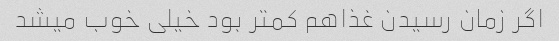
اگر زمان رسیدن غذاهم کمتر بود خیلی خوب میشد